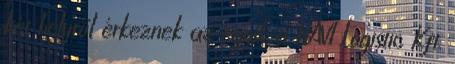
két helyről érkeznek az egyik a HAVI Logistic Kft.